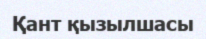
Қант қызылшасы